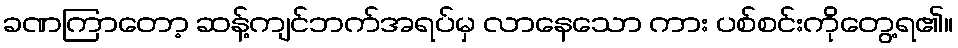
ခဏကြာတော့ ဆန့်ကျင်ဘက်အရပ်မှ လာနေသော ကား ပစ်စင်းကိုတွေ့ရ၏။